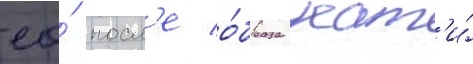
ео́ посл'е о́браза кат'и́